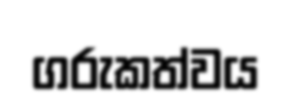
ගරුකත්වය